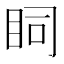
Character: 𥄶